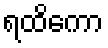
ရထိကော